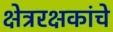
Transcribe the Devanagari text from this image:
क्षेत्ररक्षकांचे